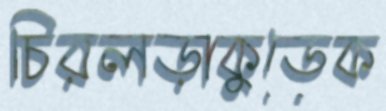
চিরলড়াকুডেক